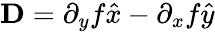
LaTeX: {\mathbf D}=\partial_{y}f\hat{x}-\partial_{x}f\hat{y}